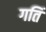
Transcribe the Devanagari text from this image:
गतिं